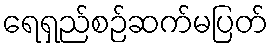
ရေရှည်စဉ်ဆက်မပြတ်